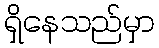
ရှိနေသည်မှာ